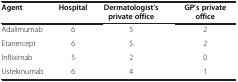
<table><thead><tr><td><b>Agent</b></td><td><b>Hospital</b></td><td><b>Dermatologist’s private office</b></td><td><b>GP’s private office</b></td></tr></thead><tbody><tr><td>Adalimumab</td><td>6</td><td>5</td><td>2</td></tr><tr><td>Etanercept</td><td>6</td><td>5</td><td>2</td></tr><tr><td>Infliximab</td><td>5</td><td>2</td><td>0</td></tr><tr><td>Ustekinumab</td><td>6</td><td>4</td><td>1</td></tr></tbody></table>